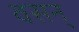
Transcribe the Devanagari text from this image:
वसन्